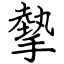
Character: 摰